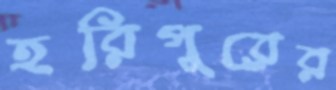
হরিপুরের